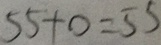
5 5 + 0 = 5 5